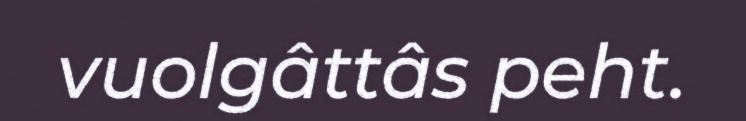
vuolgâttâs peht.